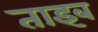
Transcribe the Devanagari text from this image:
ताइब